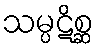
သမ္ပဋိစ္ဆ